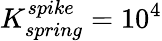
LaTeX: K_{spring}^{spike}=10^{4}